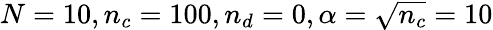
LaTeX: N=10,n_{c}=100,n_{d}=0,\alpha=\sqrt{n_{c}}=10